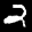
Label: 2